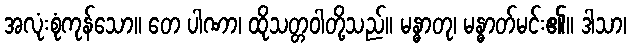
အလုံးစုံကုန်သော။ တေ ပါဏာ၊ ထိုသတ္တဝါတို့သည်။ မန္ဓာတု၊ မန္ဓာတ်မင်း၏။ ဒါသာ၊